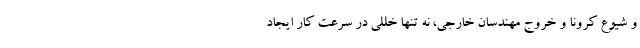
و شیوع کرونا و خروج مهندسان خارجی، نه تنها خللی در سرعت کار ایجاد